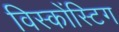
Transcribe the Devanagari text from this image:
विस्कोंस्टिग